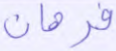
فرهان